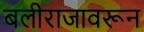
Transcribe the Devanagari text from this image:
बलीराजावरून